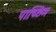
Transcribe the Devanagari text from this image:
पाच्छिम